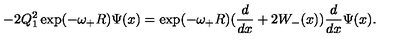
- 2 Q _ { 1 } ^ { 2 } \exp ( - \omega _ { + } R ) \Psi ( x ) = \exp ( - \omega _ { + } R ) ( \frac { d } { d x } + 2 W _ { - } ( x ) ) \frac { d } { d x } \Psi ( x ) .